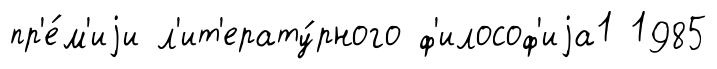
пр'е́м'иjи л'ит'ерату́рного ф'илософ'иjа1 1985